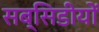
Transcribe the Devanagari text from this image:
सब्सिडीयों